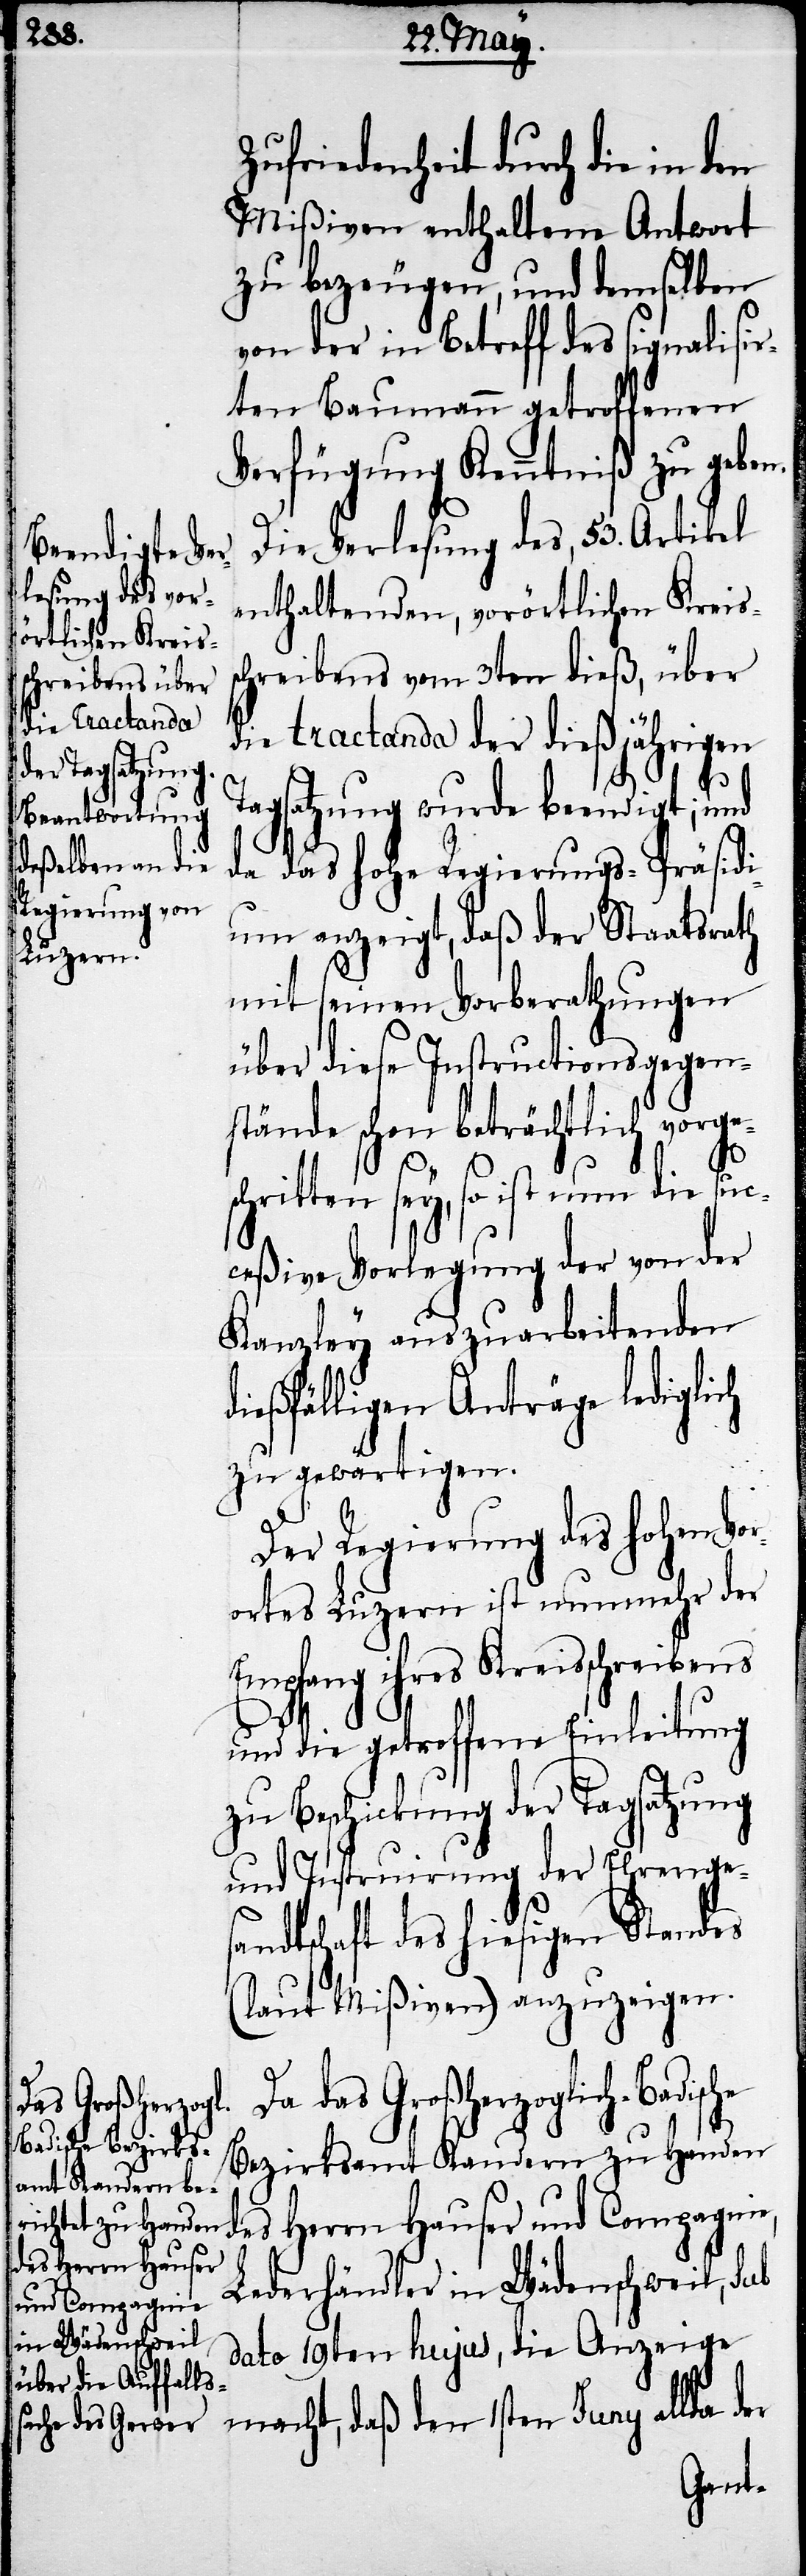
das Großherzogl¬
des Herrn Hauser
und Compagnie,

Zufriedenheit durch die in den
Mißiven enthaltene Antwort
zu bezeugen, und demselben
von der in Betreff des signalisir¬
ten Baumann getroffenen
Verfügung Kenntniß zu geben.
ich-Badische
Bezirksamt Kandern zu Handen
Lederhändler in Wädenschweil, sub
dato 19ten hujus, die Anzeige
macht, daß den 1sten Juny allda